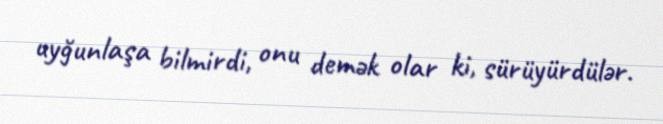
uyğunlaşa bilmirdi, onu demək olar ki, sürüyürdülər.